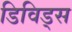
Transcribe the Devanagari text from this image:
डिविड्स